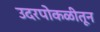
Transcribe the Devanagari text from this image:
उदरपोकळीतून